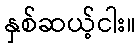
နှစ်ဆယ့်ငါး။